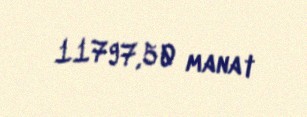
11797,50 manat